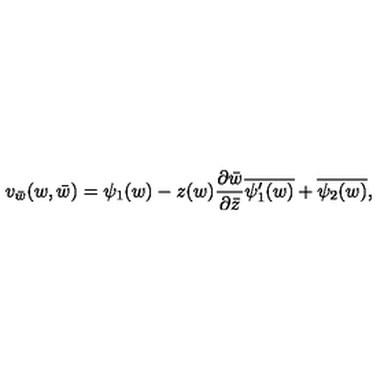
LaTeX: v _ { \bar { w } } ( w , \bar { w } ) = \psi _ { 1 } ( w ) - z ( w ) \frac { \partial \bar { w } } { \partial \bar { z } } \overline { { \psi _ { 1 } ^ { \prime } ( w ) } } + \overline { { \psi _ { 2 } ( w ) } } ,